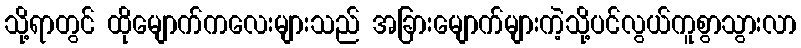
သို့ရာတွင် ထိုမျောက်ကလေးများသည် အခြားမျောက်များကဲ့သို့ပင်လွယ်ကူစွာသွားလာ